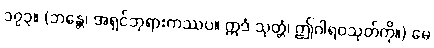
၁၇၃။ (ဘန္တေ၊ အရှင်ဘုရားကဿပ။ ဣဒံ သုတ္တံ၊ ဤဂါရဝသုတ်ကို။) မေ